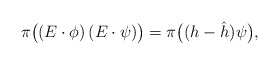
\begin{align*} \pi \big( (E\cdot\phi) \, (E\cdot\psi) \big) = \pi \big( (h-\hat{h}) \psi \big), \end{align*}